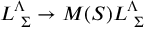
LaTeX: L _ { \ \Sigma } ^ { \Lambda } \to M ( S ) L _ { \ \Sigma } ^ { \Lambda }